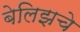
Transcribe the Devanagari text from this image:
बेलिझचे